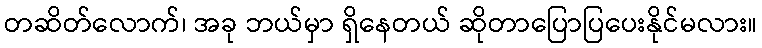
တဆိတ်လောက်၊ အခု ဘယ်မှာ ရှိနေတယ် ဆိုတာပြောပြပေးနိုင်မလား။